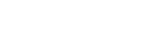
တစ်မျိုးဖြစ်သည်